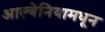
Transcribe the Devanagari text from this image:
आल्बेनियामधून